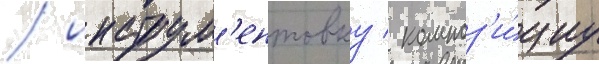
/ инструм'ентовку / композ'и́циу